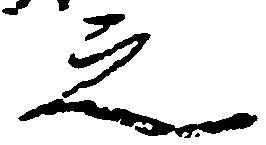
之